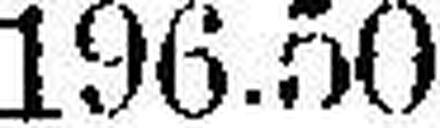
196.50